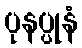
ပုနပ္ပုနံ